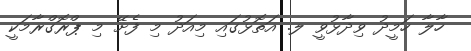
ހާލާ ހަމީދު ވިދާޅުވީ ލ. އަތޮޅުގައި މިއަދު މި ފެށޭ މި ޕްރޮގްރާމަކީ